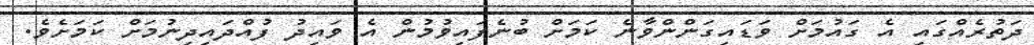
ދަތުރެއްގައި އެ ގައުމަށް ވަޑައިގަންންވާނެ ކަމަށް ބުނެފައިވުމުން އެ ވައިދު ފުއްދައިދިނުމަށް ކަމަށެވެ.